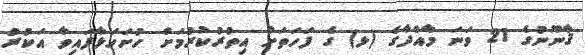
ޤާނޫނުގެ 21 ވަނަ މާއްދާގެ (ޅ) ގެ ފަހަތަށް އިތުރުކުރުމަށް ހުށަހަޅާފައިވާ އަކުރު